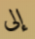
إلى